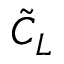
\tilde { C } _ { L }